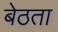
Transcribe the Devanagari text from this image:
बेठता